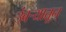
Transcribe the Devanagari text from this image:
उंबऱ्यातून